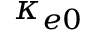
\kappa _ { e 0 }